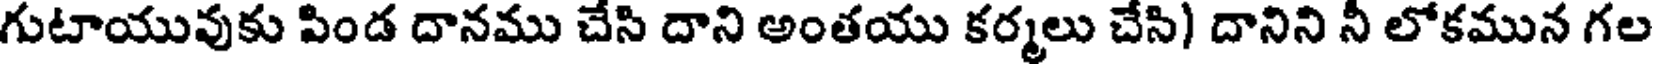
గుటాయువుకు పిండ దానము చేసి దాని అంతయు కర్మలు చేసి) దానిని నీ లోకమున గల